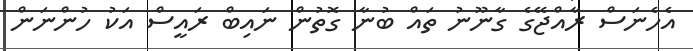
އެހެނަސް ރާއްޖޭގެ ގާނޫނު ތައް ބުނާ ގޮތުން ނައިބް ރައީސް އަކު ހުންނަން